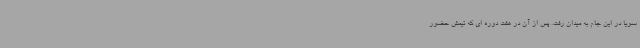
سویا در این جام به میدان رفت. پس از آن در هفت دوره ای که تیمش حضور